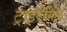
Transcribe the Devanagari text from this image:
ट्राइऐंगिल